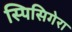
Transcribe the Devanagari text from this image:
स्पिसिगेरा